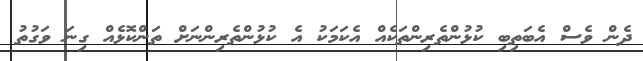
ދެން ވެސް އެބަތިބި ކުޅުންތެރިންތަކެއް އެކަމަކު އެ ކުޅުންތެރިންނަށް ތަންކޮޅެއް ގިނަ ވަގުތު